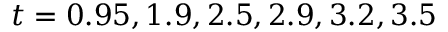
t = { 0 . 9 5 , 1 . 9 , 2 . 5 , 2 . 9 , 3 . 2 , 3 . 5 }